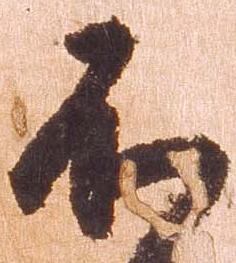
不